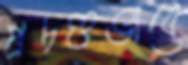
প্রচণ্ডভাবে